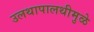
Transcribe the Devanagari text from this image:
उलथापालथीमुळे